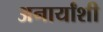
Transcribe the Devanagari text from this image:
अनार्यांशी